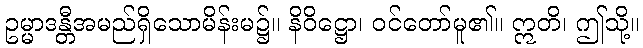
ဥမ္မာဒန္တီအမည်ရှိသောမိန်းမ၌။ နိဝိဋ္ဌော၊ ဝင်တော်မူ၏။ ဣတိ၊ ဤသို့။